Vaccination North-Western Provinces and Oudh 1878-1895 - 1878-1895
Year: 1878
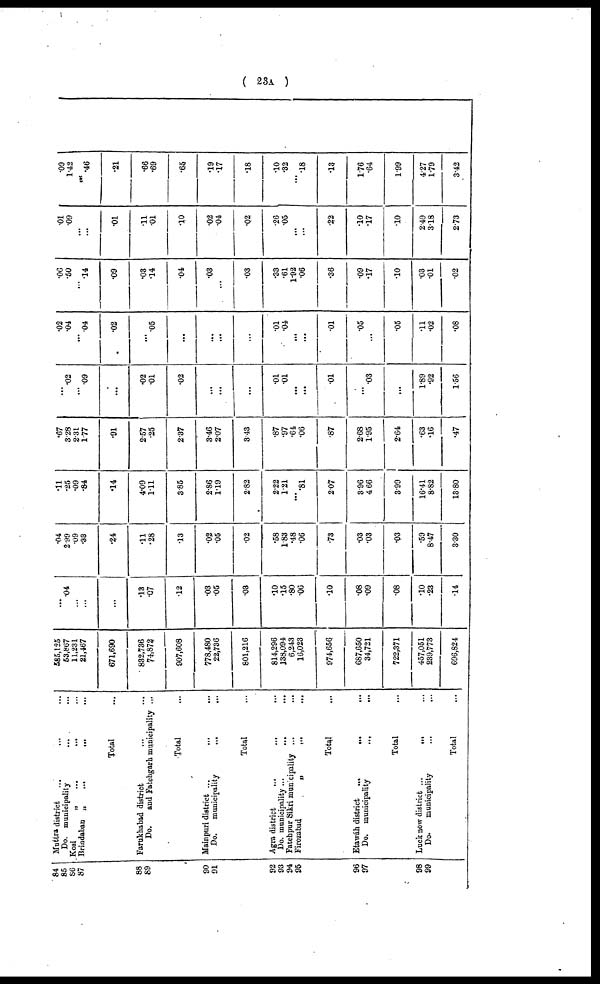
( 23A )
84
85
86
87
88
89
90
91
92
93
94
95
96
97
98
99
Muttra district ... ... ...
Do. municipality ... ... ...
Kosi
„
...
... ...
Brindaban „
...
... ...
Total ...
Farukhabad district ... ...
Do.
and Fatehgarh municipality ...
Total ...
Mainpuri district ... ... ...
Do.
municipality
... ...
Total ...
Agra district
...
...
...
Do. municipality ...
...
...
Fatehpur Sikri municipality ... ...
Firozabad
„
...
...
Total ...
Etawáh district
...
...
...
Do. municipality
...
... ...
Total ...
Luck now district ...
... ...
Do.
municipality
...
...
Total ...
585,125
53,867
11,231
21,467
671,690
832,736
74,872.
907,608
778,480
22,736
801,216
814,296
138,094
6,243
16,023
974,656
687,650
34,721
722,371
457,051
239,773
696,824
...
.04
...
...
...
.13
.07
.12
.03
.05
.03
.10
.15
.80
.06
.10
.08
.09
.08
.10
.23
.14
.04
2.99
.09
.33
.24
.11
.28
.13
.02
.05
.02
.58
1.83
.48
.06
.73
.03
.03
.03
.59
8.47
3.30
.11
.25
.09
.84
.14
4.09
1.11
3.85
2.86
1.19
2.82
2.22
1.21
...
.81
2.07
3.96
4.66
3.99
16.41
8.82
13.80
.67
3.28
2.31
1.77
.91
2.57
.25
2.37
3.46
2.07
3.43
.87
.97
.64
.06
.87
2.68
1.95
2.64
.63
.16
.47
...
.02
...
.09
...
.02
.01
.02
...
...
...
.01
.01
...
...
.01
...
.03
...
1.89
.92
1.56
.02
.04
...
.04
.02
...
.05
...
...
...
...
.01
.04
...
...
.01
.05
...
.05
.11
.02
.08
.06
.50
...
.14
.09
.03
.14
.04
.03
...
.03
.33
.61
1.92
.06
.36
.09
.17
.10
.03
.01
.02
.01
.09
...
...
.01
.11
.01
.10
.02
.04
.02
.26
.05
...
...
.22
.10
.17
.10
2.49
3.18
2.73
.09
1.42
...
.46
.21
.66
.69
.65
.19
.17
.18
.10
.32
...
.18
.13
1.76
.64
1.99
4.27
1.79
3.42